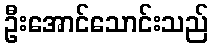
ဦးအောင်သောင်းသည်